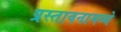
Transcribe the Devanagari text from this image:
प्रस्तावनामध्ये